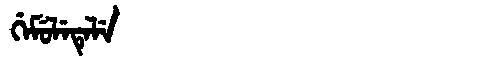
Manchu: ᡤᡝᠮᡠᠯᡝᡨᡝᠯᡝ
Romanization: GEMULETELE